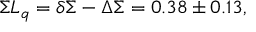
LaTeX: \Sigma L _ { q } = \delta \Sigma - \Delta \Sigma = 0 . 3 8 \pm 0 . 1 3 ,